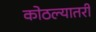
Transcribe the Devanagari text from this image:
कोठल्यातरी